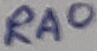
Text: RA0